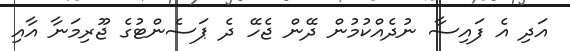
އަދި އެ ފައިސާ ނުދެއްކުމުން ދޭން ޖެހޭ ދެ ޕަސެންޓުގެ ޖޫރިމަނާ އާއި